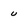
Character: u